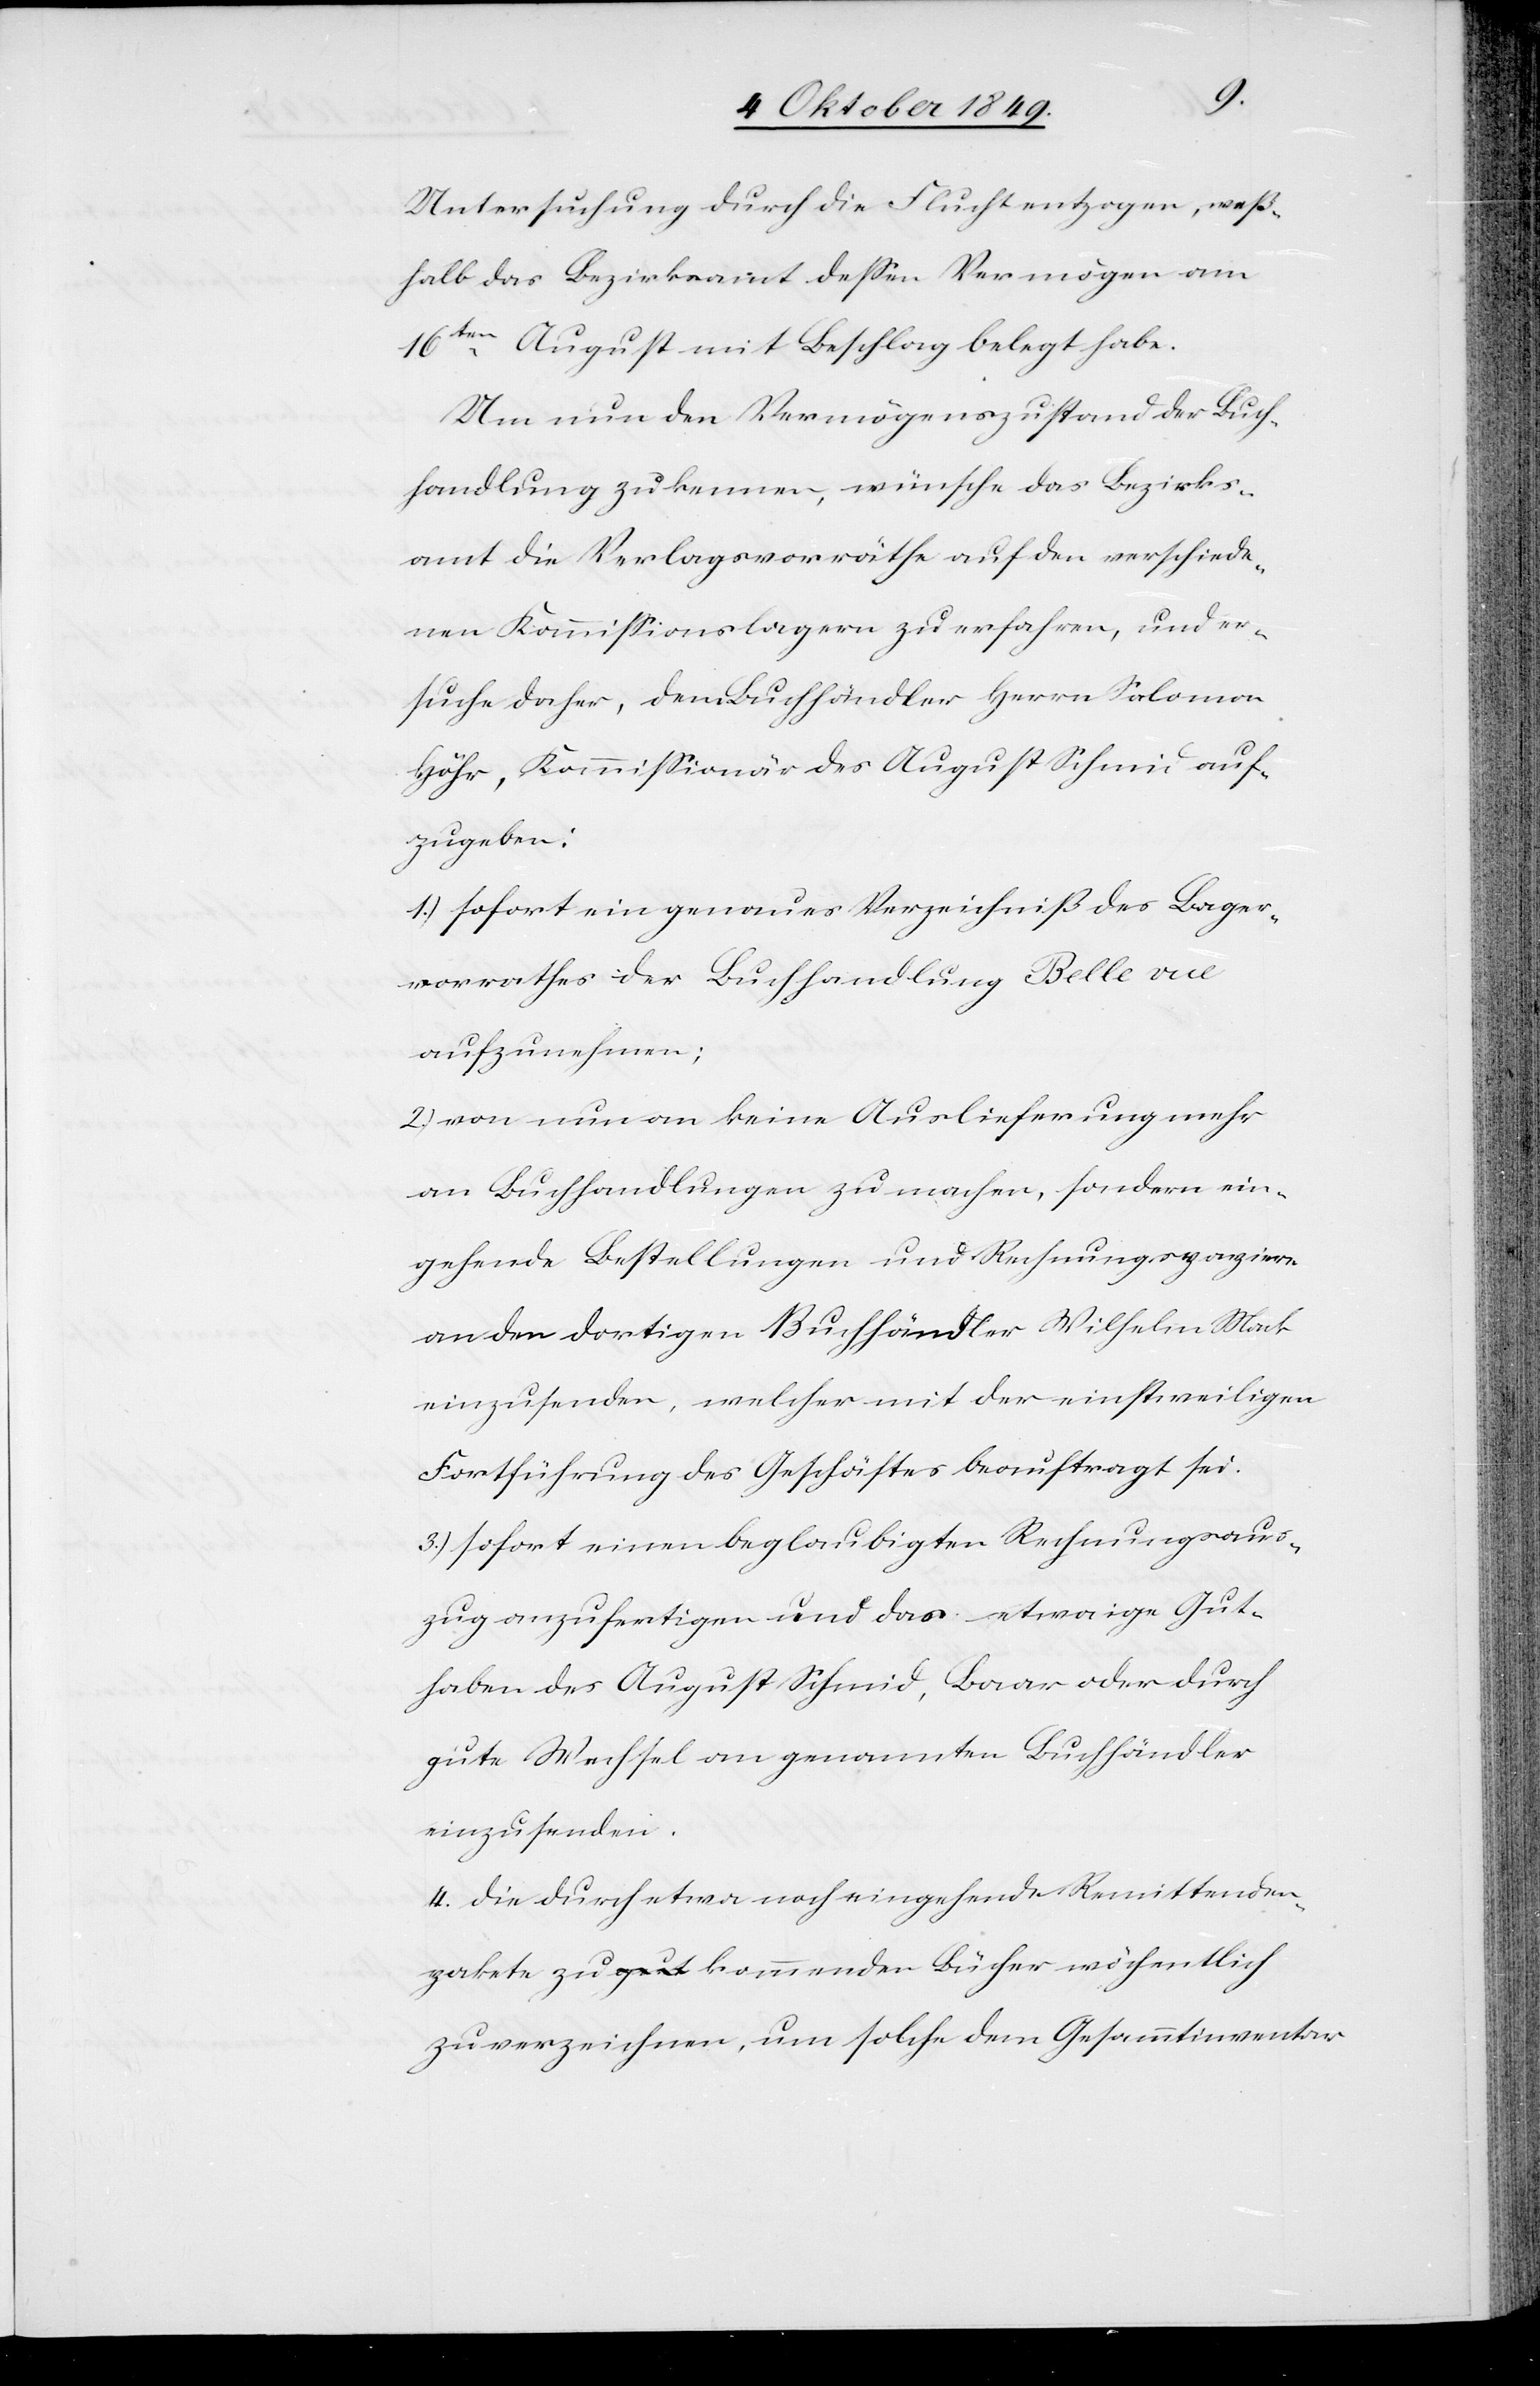
Untersuchung durch die Flucht entzogen, weß¬
halb das Bezirksamt deßen Vermögen am
16ten August mit Beschlag belegt habe.
Um nun den Vermögenszustand der Buch¬
handlung zu kennen, wünsche das Bezirks¬
amt die Verlagsvorräthe auf den verschiede¬
nen Kommißionsanlagen zu verfahren, und er¬
suche daher, dem Buchhändler Herrn Salomon
Höhr, Kommißionär des August Schmid auf¬
zugeben:
1.) sofort ein genaues Verzeichniß des Lager¬
vorrathes der Buchhandlung Belle vue
aufzunehmen;
2.) von nun an keine Auslieferung mehr
an Buchhandlungen zu machen, sondern ein¬
gehende Bestellungen und Rechnungspapiere
an den dortigen Buchhändler Wilhelm Mack
einzusenden, welcher mit der einstweiligen
Fortführung des Geschäftes beauftragt sei.
3.) sofort einen beglaubigten Rechnungsaus¬
zug anzufertigen und das etwaige Gut¬
haben des August Schmid, Baar oder durch
gute Wechsel an genannten Buchhändler
einzusenden.
4. die durch etwa noch eingehende Remittenden¬
pakte zu gut kommenden Bücher wöchentlich
zu verzeichnen, um solche dem Gesammtinventar